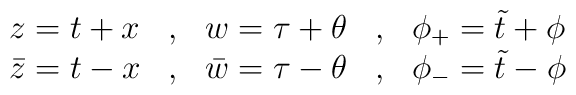
\begin{array}{lclcl}z=t+x & , & w=\tau +\theta & , & \phi_{+}=\tilde{t} +\phi \\ \bar{z}=t-x & , & \bar{w}=\tau -\theta & , & \phi _{-}=\tilde{t} -\phi\end{array}